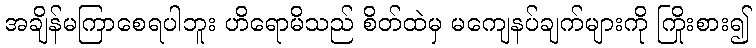
အချိန်မကြာစေရပါဘူး ဟိရောမိသည် စိတ်ထဲမှ မကျေနပ်ချက်များကို ကြိုးစား၍